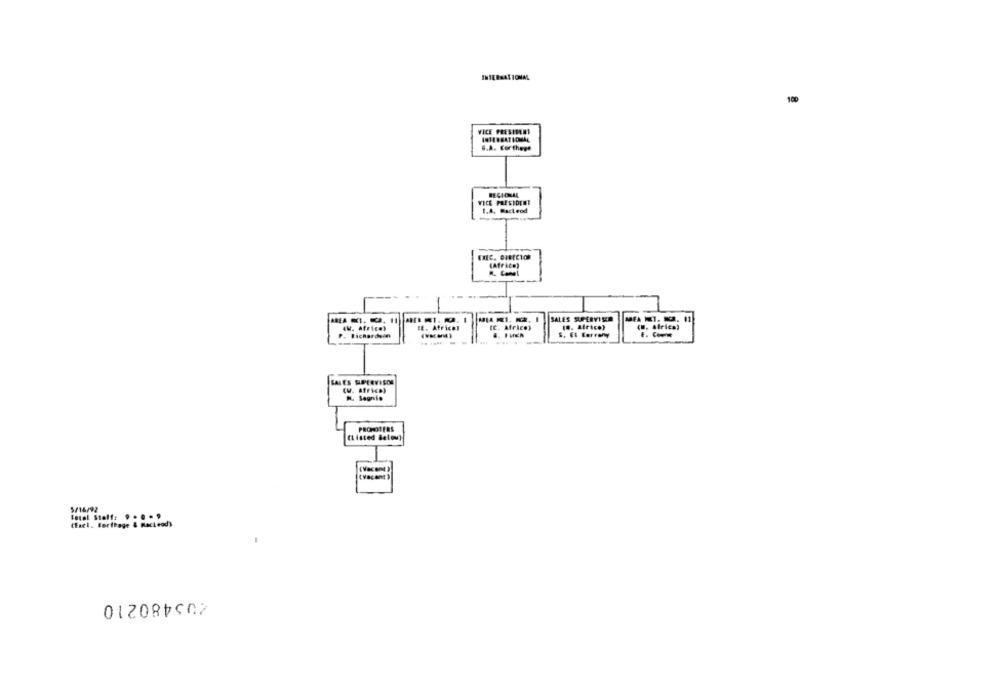
100
VICE PRESIDENT
S.A. For these
VICE PRESIDENT
1.A. Macleod
EXEC. DIECIO
(Africe)
SALES SUPERVISER
MEA NT. NCR.
(C. Africe)
( .. Arice)
(M. Africa)
AM. Africe)
LE, Atrices
Richardeen
S. E ferrony
... ....
SALES MPERVISOR
N. Segnio
PROMOTERS
(Listed Below)
5/14/92
Total Staff: . ... 9
(Eact. Forfrage & Macleod)
203480210